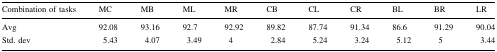
<table><thead><tr><td><b>Combination of tasks</b></td><td><b>MC</b></td><td><b>MB</b></td><td><b>ML</b></td><td><b>MR</b></td><td><b>CB</b></td><td><b>CL</b></td><td><b>CR</b></td><td><b>BL</b></td><td><b>BR</b></td><td><b>LR</b></td></tr></thead><tbody><tr><td>Avg</td><td>92.08</td><td>93.16</td><td>92.7</td><td>92.92</td><td>89.82</td><td>87.74</td><td>91.34</td><td>86.6</td><td>91.29</td><td>90.04</td></tr><tr><td>Std. dev</td><td>5.43</td><td>4.07</td><td>3.49</td><td>4</td><td>2.84</td><td>5.24</td><td>3.24</td><td>5.12</td><td>5</td><td>3.44</td></tr></tbody></table>